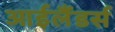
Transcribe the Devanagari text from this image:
आईलैंडर्स